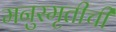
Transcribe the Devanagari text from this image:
मनुस्मृतीची